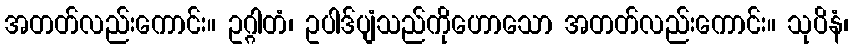
အတတ်လည်းကောင်း။ ဥဂ္ဂါတံ၊ ဥပါဒ်ပျံသည်ကိုဟောသော အတတ်လည်းကောင်း။ သုပိနံ၊